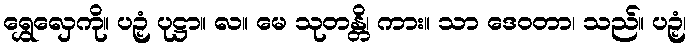
ရွှေလှေကို။ ပဉှံ ပုဋ္ဌာ။ လ။ မေ သုတန္တိ၊ ကား။ သာ ဒေဝတာ၊ သည်။ ပဉှံ၊